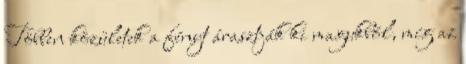
Többen közületek a fényt árasztják ki magukból, míg az